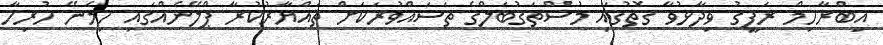
އިބްރާހިމް ރަފީގު ވިދާޅުވާ ގޮތުގައި މުސްތަގުބަލްގެ ތަސައްވުރަކަށް ތައްޔާރުކުރާ ޕްލޭނެއްގައި ހިމެނޭ ހުރިހާ